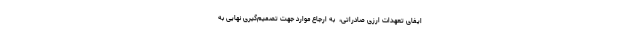
ایفای تعهدات ارزی صادراتی، ‌ به ارجاع موارد جهت تصمیم‌گیری نهایی به